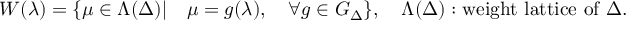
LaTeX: W ( { \lambda } ) = \{ \mu \in \Lambda ( \Delta ) | \quad \mu = g ( \lambda ) , \quad \forall g \in G _ { \Delta } \} , \quad \Lambda ( \Delta ) : \mathrm { w e i g h t ~ l a t t i c e ~ o f } \ \Delta .